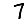
Digit: 7